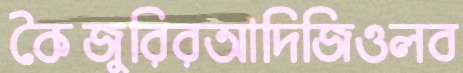
কৈজুরিরআদিজিওলব